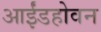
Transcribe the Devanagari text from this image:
आईंडहोवन